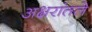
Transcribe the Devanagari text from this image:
अक्षरांतले